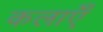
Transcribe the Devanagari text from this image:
कलाऍँ